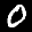
Label: 0